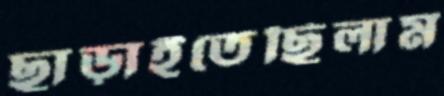
ছাড়াইতেছিলাম